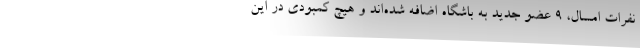
نفرات امسال، ۹ عضو جدید به باشگاه اضافه شده‌اند و هیچ کمبودی در این